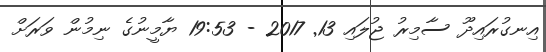
އިނގުރައިދޫ ސާމިރު ޖުލައި 13